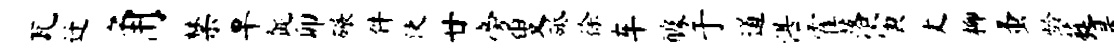
瓦迁角禁旱髭卯碾件使廿旁叟砥徐车醵于道湛霍落寅丈柳蚤龄蕤是